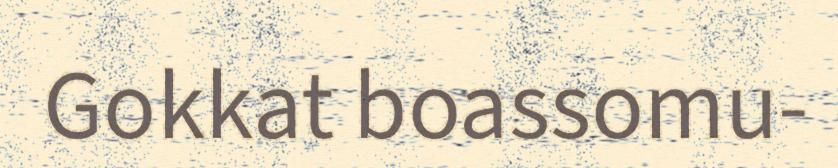
Gokkat boassomu-